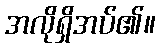
အလိုရှိအပ်၏။